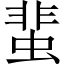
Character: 蜚